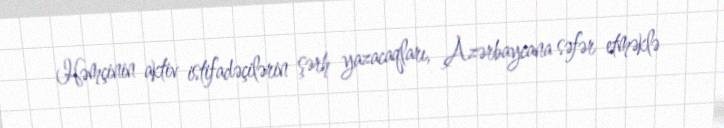
Həmçinin aktiv istifadəçilərin şərh yazacaqları, Azərbaycana səfər etməklə